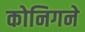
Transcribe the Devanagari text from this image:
कोनिगने